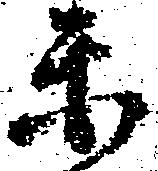
楽